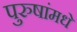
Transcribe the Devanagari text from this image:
पुरुषांमधे